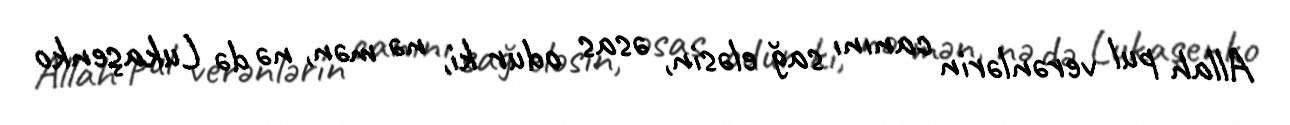
Allah pul verənlərin canını sağ eləsin, əsas odur ki, nə mən, nə də Lukaşenko